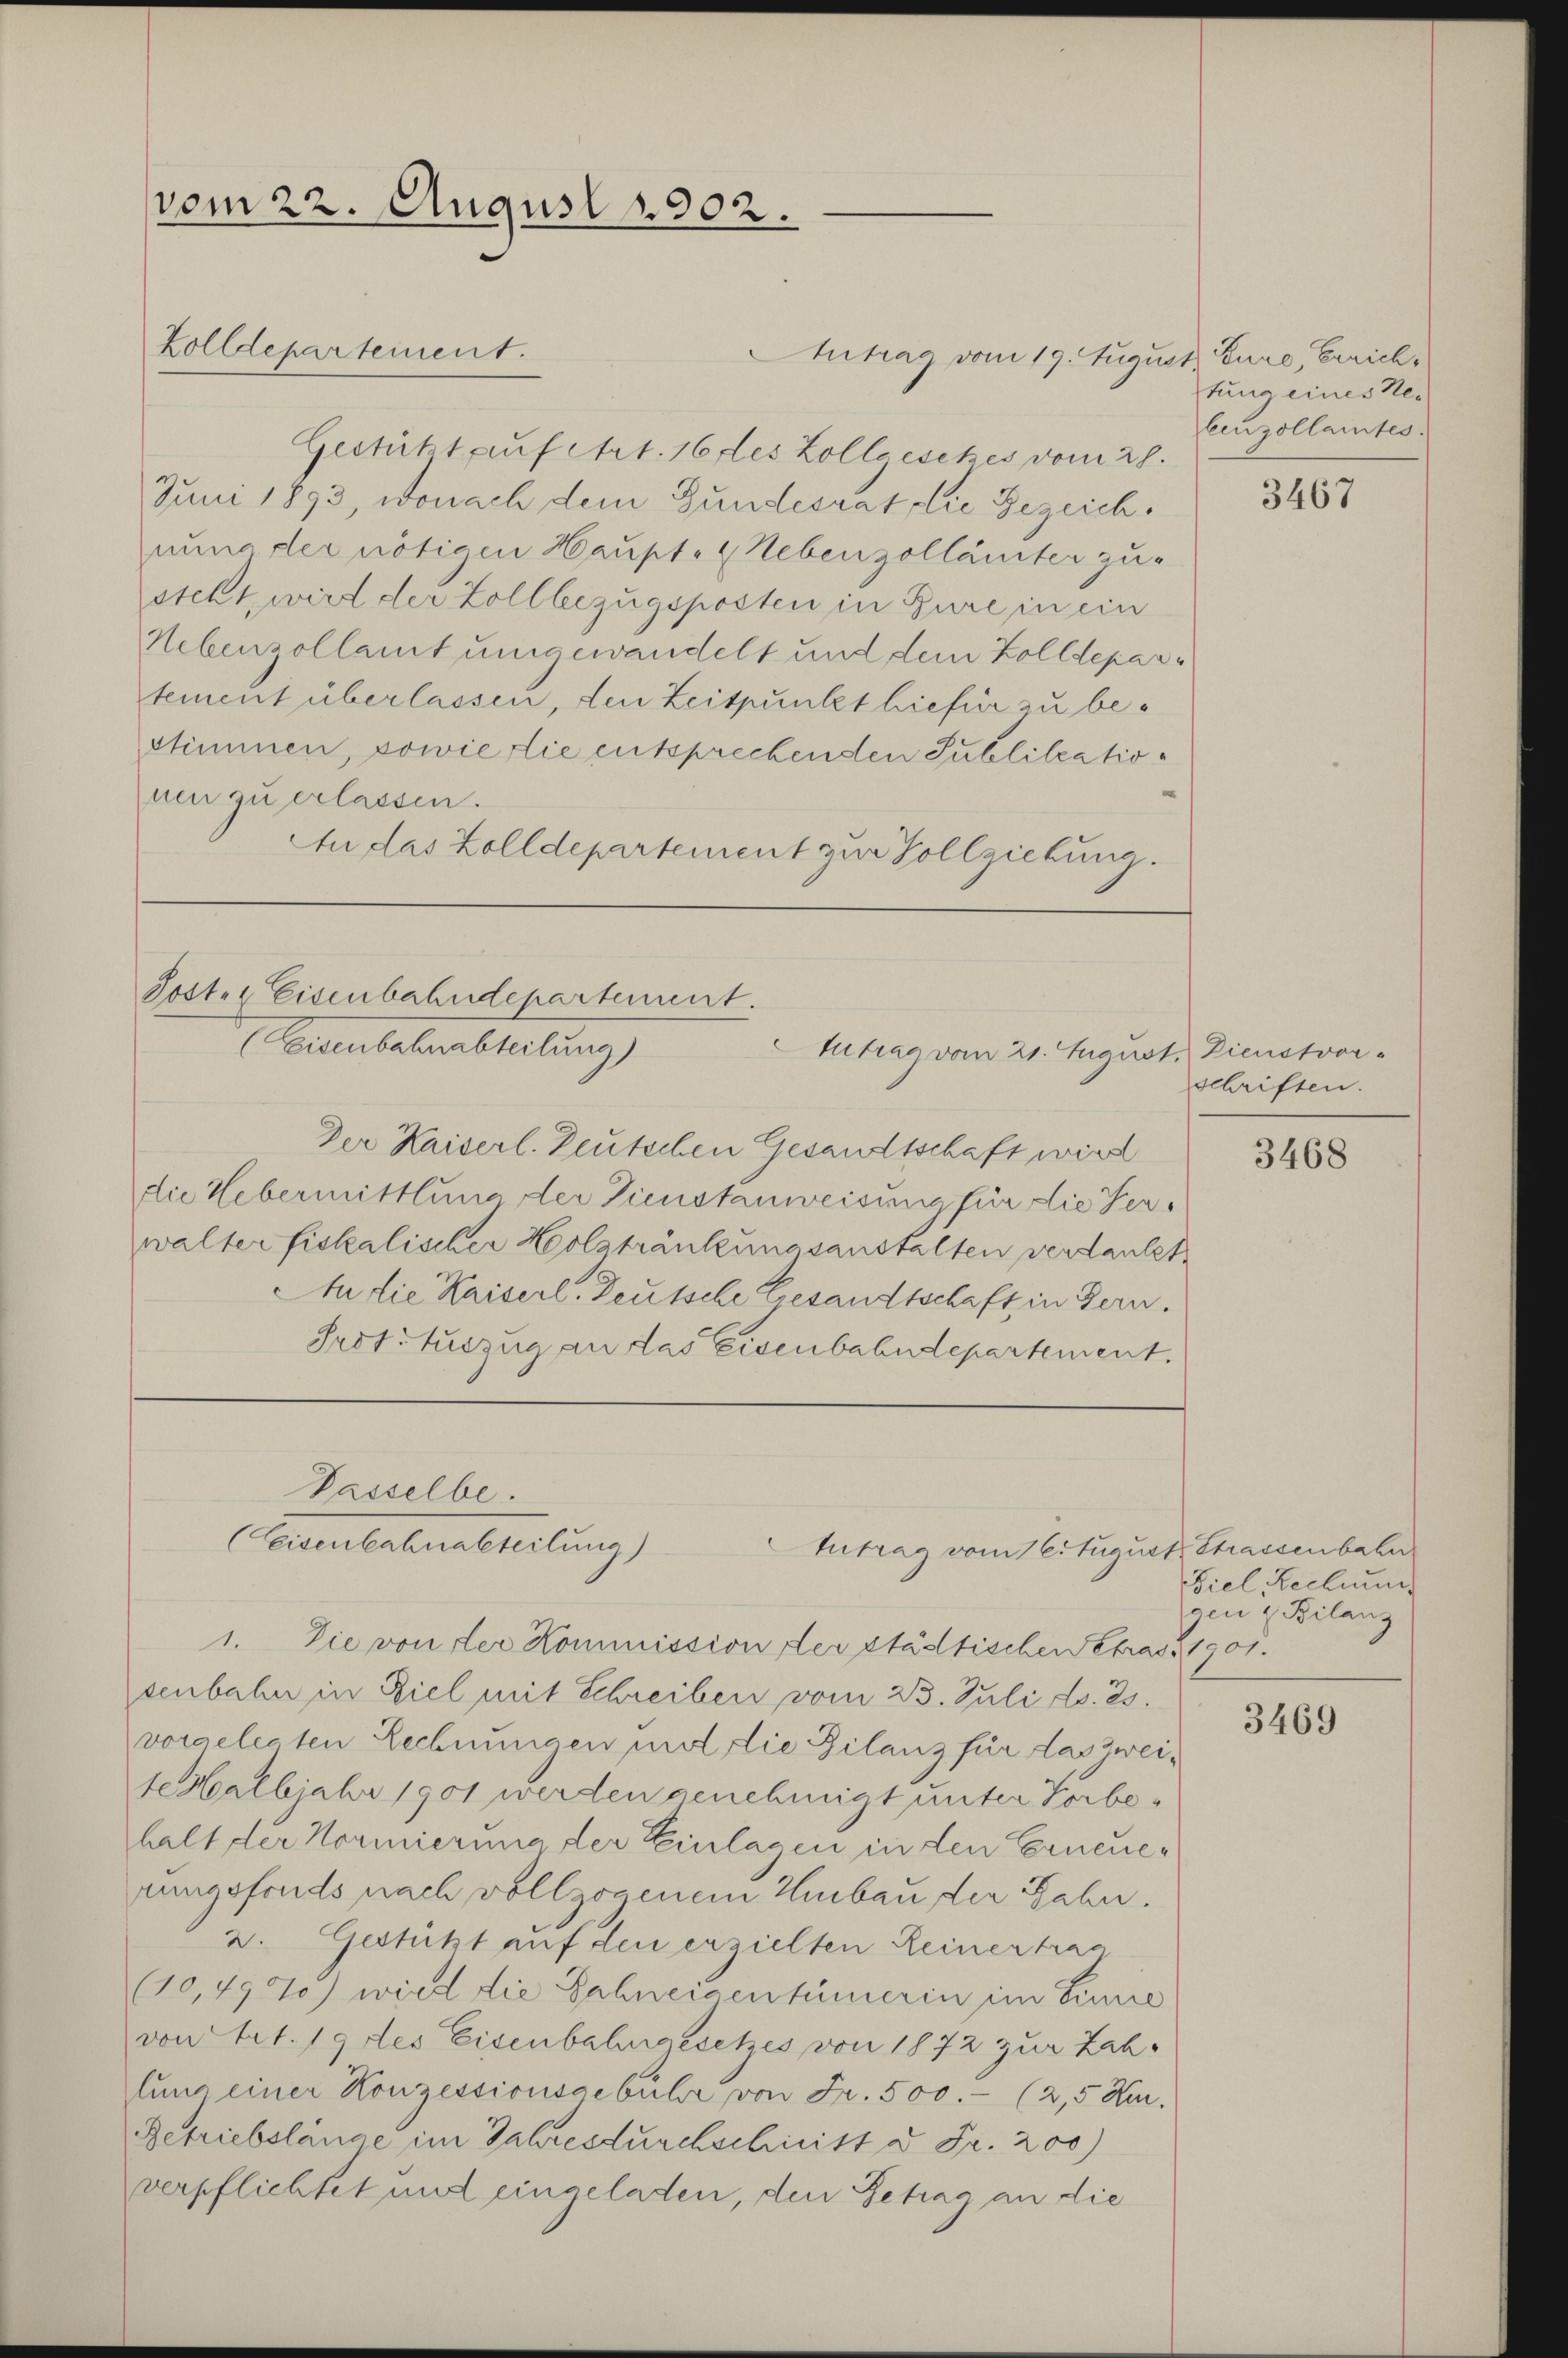
vom 22. August 1902.

Antrag vom 19. August Eure, Errich¬
Gestützt auf Art. 16 des Zollgeset es vom 28.
Juni 1893, wonach dem Gundesrat die Gezeichnung der nötigen Haupte (Hebenzollämter zusteht, wird der Zollbezugsposten in Bure in ein
Nebenzollamt umgewandelt und dem Zolldepartement überlassen, den Zeitpunkt hiefiir zu bestimmen, sowie die entsprechenden Publikationen zu erlassen.
Au das Zolldepartement zur Vollziehung.

Zolldepartement.

Poster Eisenbahndepartement.
(Eisenbahnabteilung)
Zutrag vom 21. August. Dienstvor-

1. Die von der Kommission der städtischen Petras. 1901.
senbahn in Ziel mit Schreiben vom 23. Juli d. 25.
vorgelegten Lechnungen und die Bilanz für das Zweite Halbjahr 1901 werden genehmigt unter Vorbehalt der Normierung der Einlagen in den Erneuerungsfonds nach vollzogenem Umbau der Jahr.
2. Gestützt auf den erzielten Reinertrag
(10,497) wird die Zahneigentümerin im Sinne
von Art. 19 des Eisenbahngesetzes von 1872 zur Zahlung einer Konzessionsgebühre von Fr. 500.- (2,5 Kar
Getriebslänge im Jahres durchschnitt d. Fr. 200)
verpflichtet und eingeladen, den Getrag an die

Passelbe.
(Ceisenbahnabteilung)

Intrag vom 1 Citugust Strassenbahn

Der Kaiserl. Deutschen Gesandtschaft wird
die Uebermittlung der Dienstanweisung für die Serwalter fiskalischer Holstränkungsanstalten verdankt.
An die Kaiserl. Deutsche Gesandtschaft in Gern.
Prot. Auszug an das Eisenbahndepartement.

tung eines Ne-
benzollamtes.

3467

schriften.

3468

Ziel Rechnung
gen u. Bilanz

3469